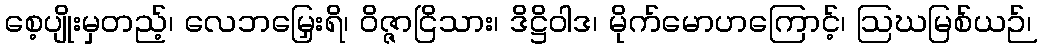
စေ့ပျိုးမှတည့်၊ လေဘမြှေးရိ၊ ဝိဇ္ဇာငြိသား၊ ဒိဋ္ဌိဝါဒ၊ မိုက်မောဟကြောင့်၊ ဩဃမြစ်ယဉ်၊